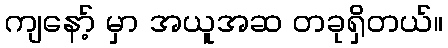
ကျနော့် မှာ အယူအဆ တခုရှိတယ်။